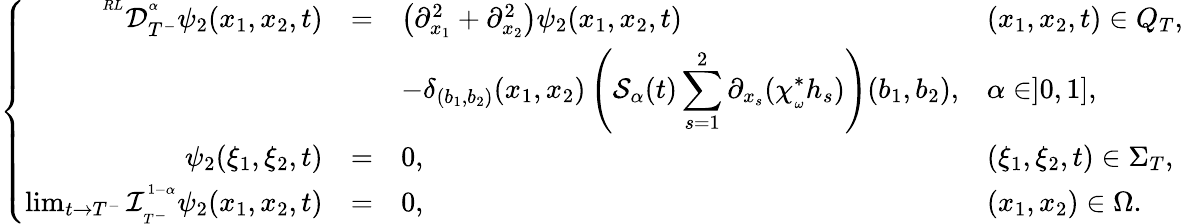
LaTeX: \left\{ \begin{array}{rlll}{^{^{RL}}\mathcal{D}_{T^{-}}^{^\alpha}\psi_{2}(x_{1},x_{2},t)}&{=}&{\left(\partial_{x_{1}}^{2}+\partial_{x_{2}}^{2}\right)\psi_{2}(x_{1},x_{2},t)}&{(x_{1},x_{2},t)\in Q_{T},}\\ &&{-\delta_{(b_{1},b_{2})}(x_{1},x_{2})\left(\mathcal{S}_{\alpha}(t)\displaystyle\sum_{s=1}^{2}\partial_{x_{s}}(\chi_{_\omega}^{*}h_{s})\right)(b_{1},b_{2}),}&{\alpha\in]0,1],}\\ {\psi_{2}(\xi_{1},\xi_{2},t)}&{=}&{0,}&{(\xi_{1},\xi_{2},t)\in\Sigma_{T},}\\ {\operatorname*{lim}_{t\rightarrow T^{-}}\mathcal{I}_{_{T^{-}}}^{^{1-\alpha}}\psi_{2}(x_{1},x_{2},t)}&{=}&{0,}&{(x_{1},x_{2})\in\Omega.}\end{array}\right.